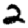
Digit: 2